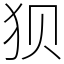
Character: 狈